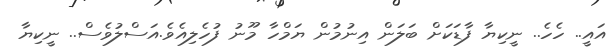
އައީ.. ހެހެ.. ނީކިޔާ ފާޑަކަށް ބަލަން އިނުމުން ޔަމްހާ މޫނު ފުހެލިއެވެ.އަސްލުވެސް.. ނީކިޔާ